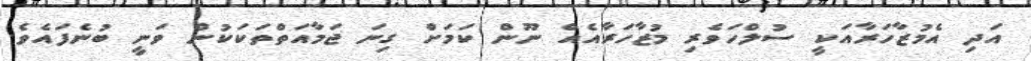
އަދި އެމުޒާހަރާއަކީ ސުލްހަވެރި މުޒާހަރާއެއް ނޫން ކަމަށް ގިނަ ޖަމާއަތްތަކަކުން ވަނީ ބުނެފައެވެ.